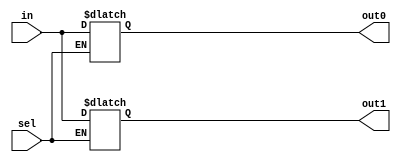
`timescale 1ns / 1ps
//////////////////////////////////////////////////////////////////////////////////
// Company: 
// Engineer: 
// 
// Design Name: 
// Module Name: Demux
// Project Name: 
// Target Devices: 
// Tool Versions: 
// Description: 
// 
// Dependencies: 
// 
// Revision:
// Revision 0.01 - File Created
// Additional Comments:
// 
//////////////////////////////////////////////////////////////////////////////////


module Demux(
                input  in,
                input  sel,
                output reg out0,
                output reg out1
                
            );
            
         
                     
         always @(in,sel)
         begin    
                  if(sel)
                  out1=in;
                  else 
                  out0=in;
         end                
endmodule